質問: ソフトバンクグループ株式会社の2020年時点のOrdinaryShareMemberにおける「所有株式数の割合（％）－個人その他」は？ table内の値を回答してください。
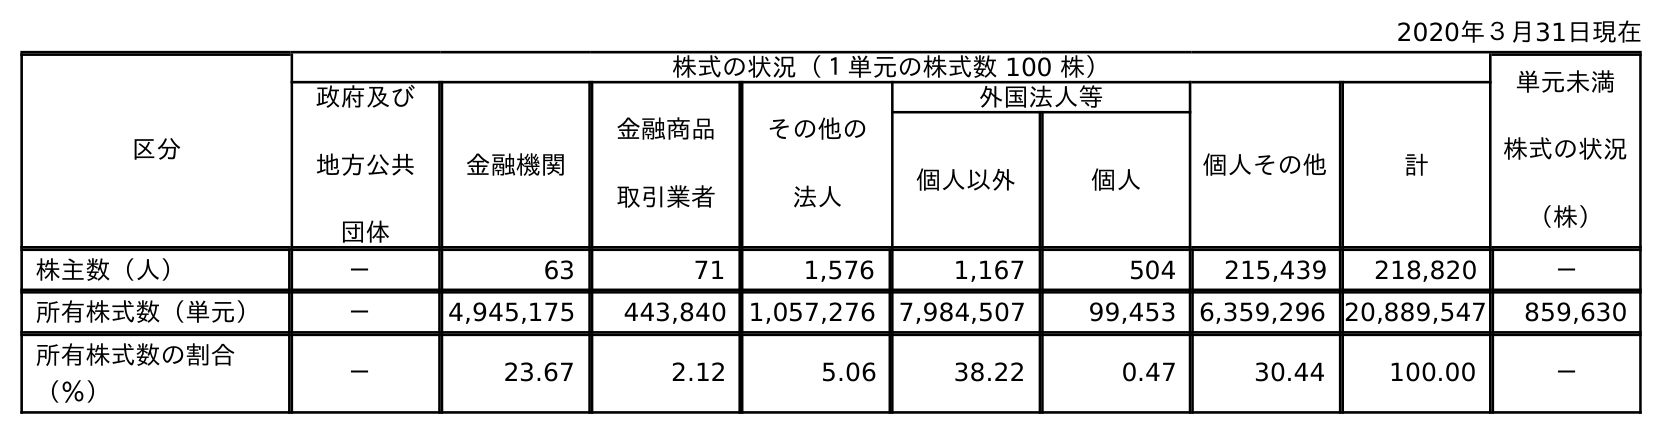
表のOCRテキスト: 2020年３月31日現在 区分 株式の状況（１単元の株式数 100 株） 単元未満 株式の状況 （株） 政府及び 地方公共 団体 金融機関 金融商品 取引業者 その他の 法人 外国法人等 個人その他 計 個人以外 個人 株主数（人） － 63 71 1,576 1,167 504 215,439 218,820 － 所有株式数（単元） － 4,945,175 443,840 1,057,276 7,984,507 99,453 6,359,296 20,889,547 859,630 所有株式数の割合 （％） － 23.67 2.12 5.06 38.22 0.47 30.44 100.00 －
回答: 30.44